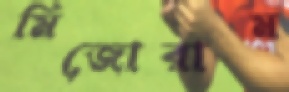
মিজোরাম